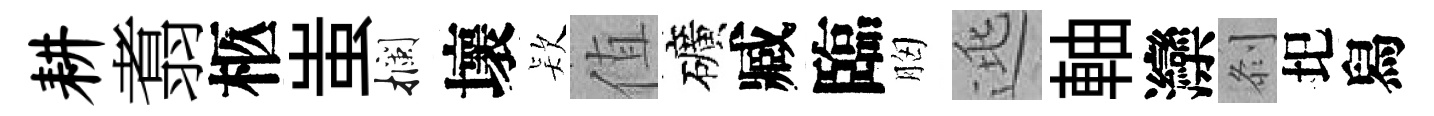
耕翥柩蚩攔壞𣣇值礦臧臨胸逃軸灤𠛴圯舄